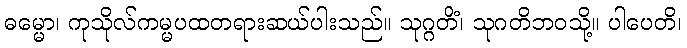
ဓမ္မော၊ ကုသိုလ်ကမ္မပထတရားဆယ်ပါးသည်။ သုဂ္ဂတိံ၊ သုဂတိဘဝသို့။ ပါပေတိ၊